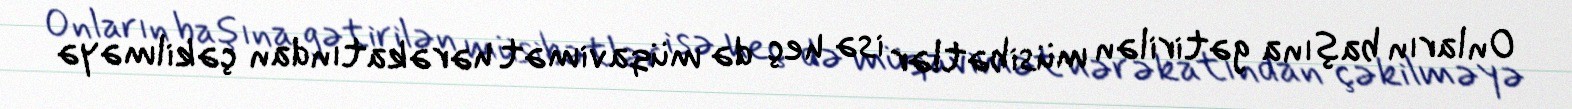
Onların başına gətirilən müsibətlər isə heç də müqavimət hərəkatından çəkilməyə